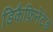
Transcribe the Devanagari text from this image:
डिकैफ़िनेटेड